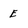
Character: E